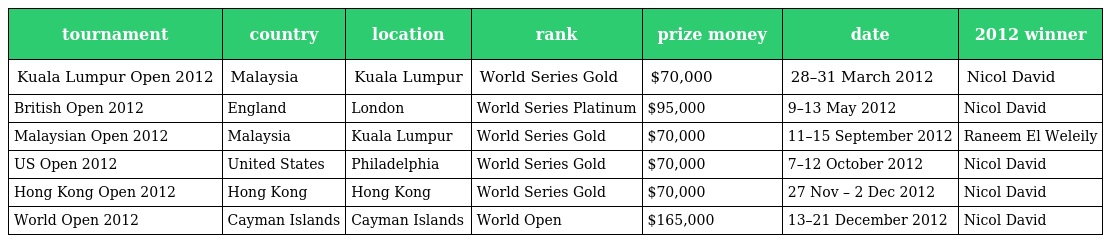
| tournament | country | location | rank | prize money | date | 2012 winner |
 | --- | --- | --- | --- | --- | --- | --- |
 | Kuala Lumpur Open 2012 | Malaysia | Kuala Lumpur | World Series Gold | $70,000 | 28–31 March 2012 | Nicol David |
 | British Open 2012 | England | London | World Series Platinum | $95,000 | 9–13 May 2012 | Nicol David |
 | Malaysian Open 2012 | Malaysia | Kuala Lumpur | World Series Gold | $70,000 | 11–15 September 2012 | Raneem El Weleily |
 | US Open 2012 | United States | Philadelphia | World Series Gold | $70,000 | 7–12 October 2012 | Nicol David |
 | Hong Kong Open 2012 | Hong Kong | Hong Kong | World Series Gold | $70,000 | 27 Nov – 2 Dec 2012 | Nicol David |
 | World Open 2012 | Cayman Islands | Cayman Islands | World Open | $165,000 | 13–21 December 2012 | Nicol David |